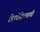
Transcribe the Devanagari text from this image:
हिप्पोक्रेटसची